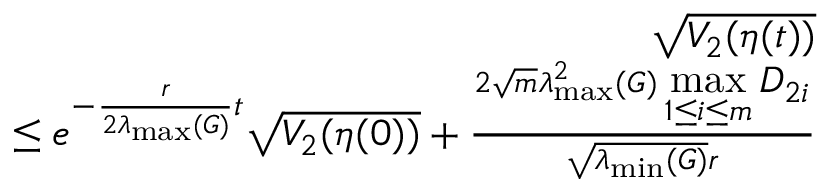
\begin{array} { r l r } & { } & { \sqrt { V _ { 2 } ( \eta ( t ) ) } } \\ & { } & { \leq e ^ { - \frac { r } { 2 \lambda _ { \operatorname* { m a x } } ( G ) } t } \sqrt { V _ { 2 } ( \eta ( 0 ) ) } + \frac { 2 \sqrt { m } \lambda _ { \operatorname* { m a x } } ^ { 2 } ( G ) \displaystyle \operatorname* { m a x } _ { 1 \leq i \leq m } D _ { 2 i } } { \sqrt { \lambda _ { \operatorname* { m i n } } ( G ) } r } } \end{array}